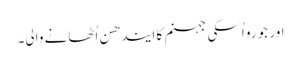
اور جو رو اُسکی جہنم کا ایندھن اُٹھانے والی۔